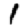
Digit: 1